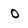
Character: 0